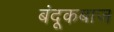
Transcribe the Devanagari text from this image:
बंदूकबाज